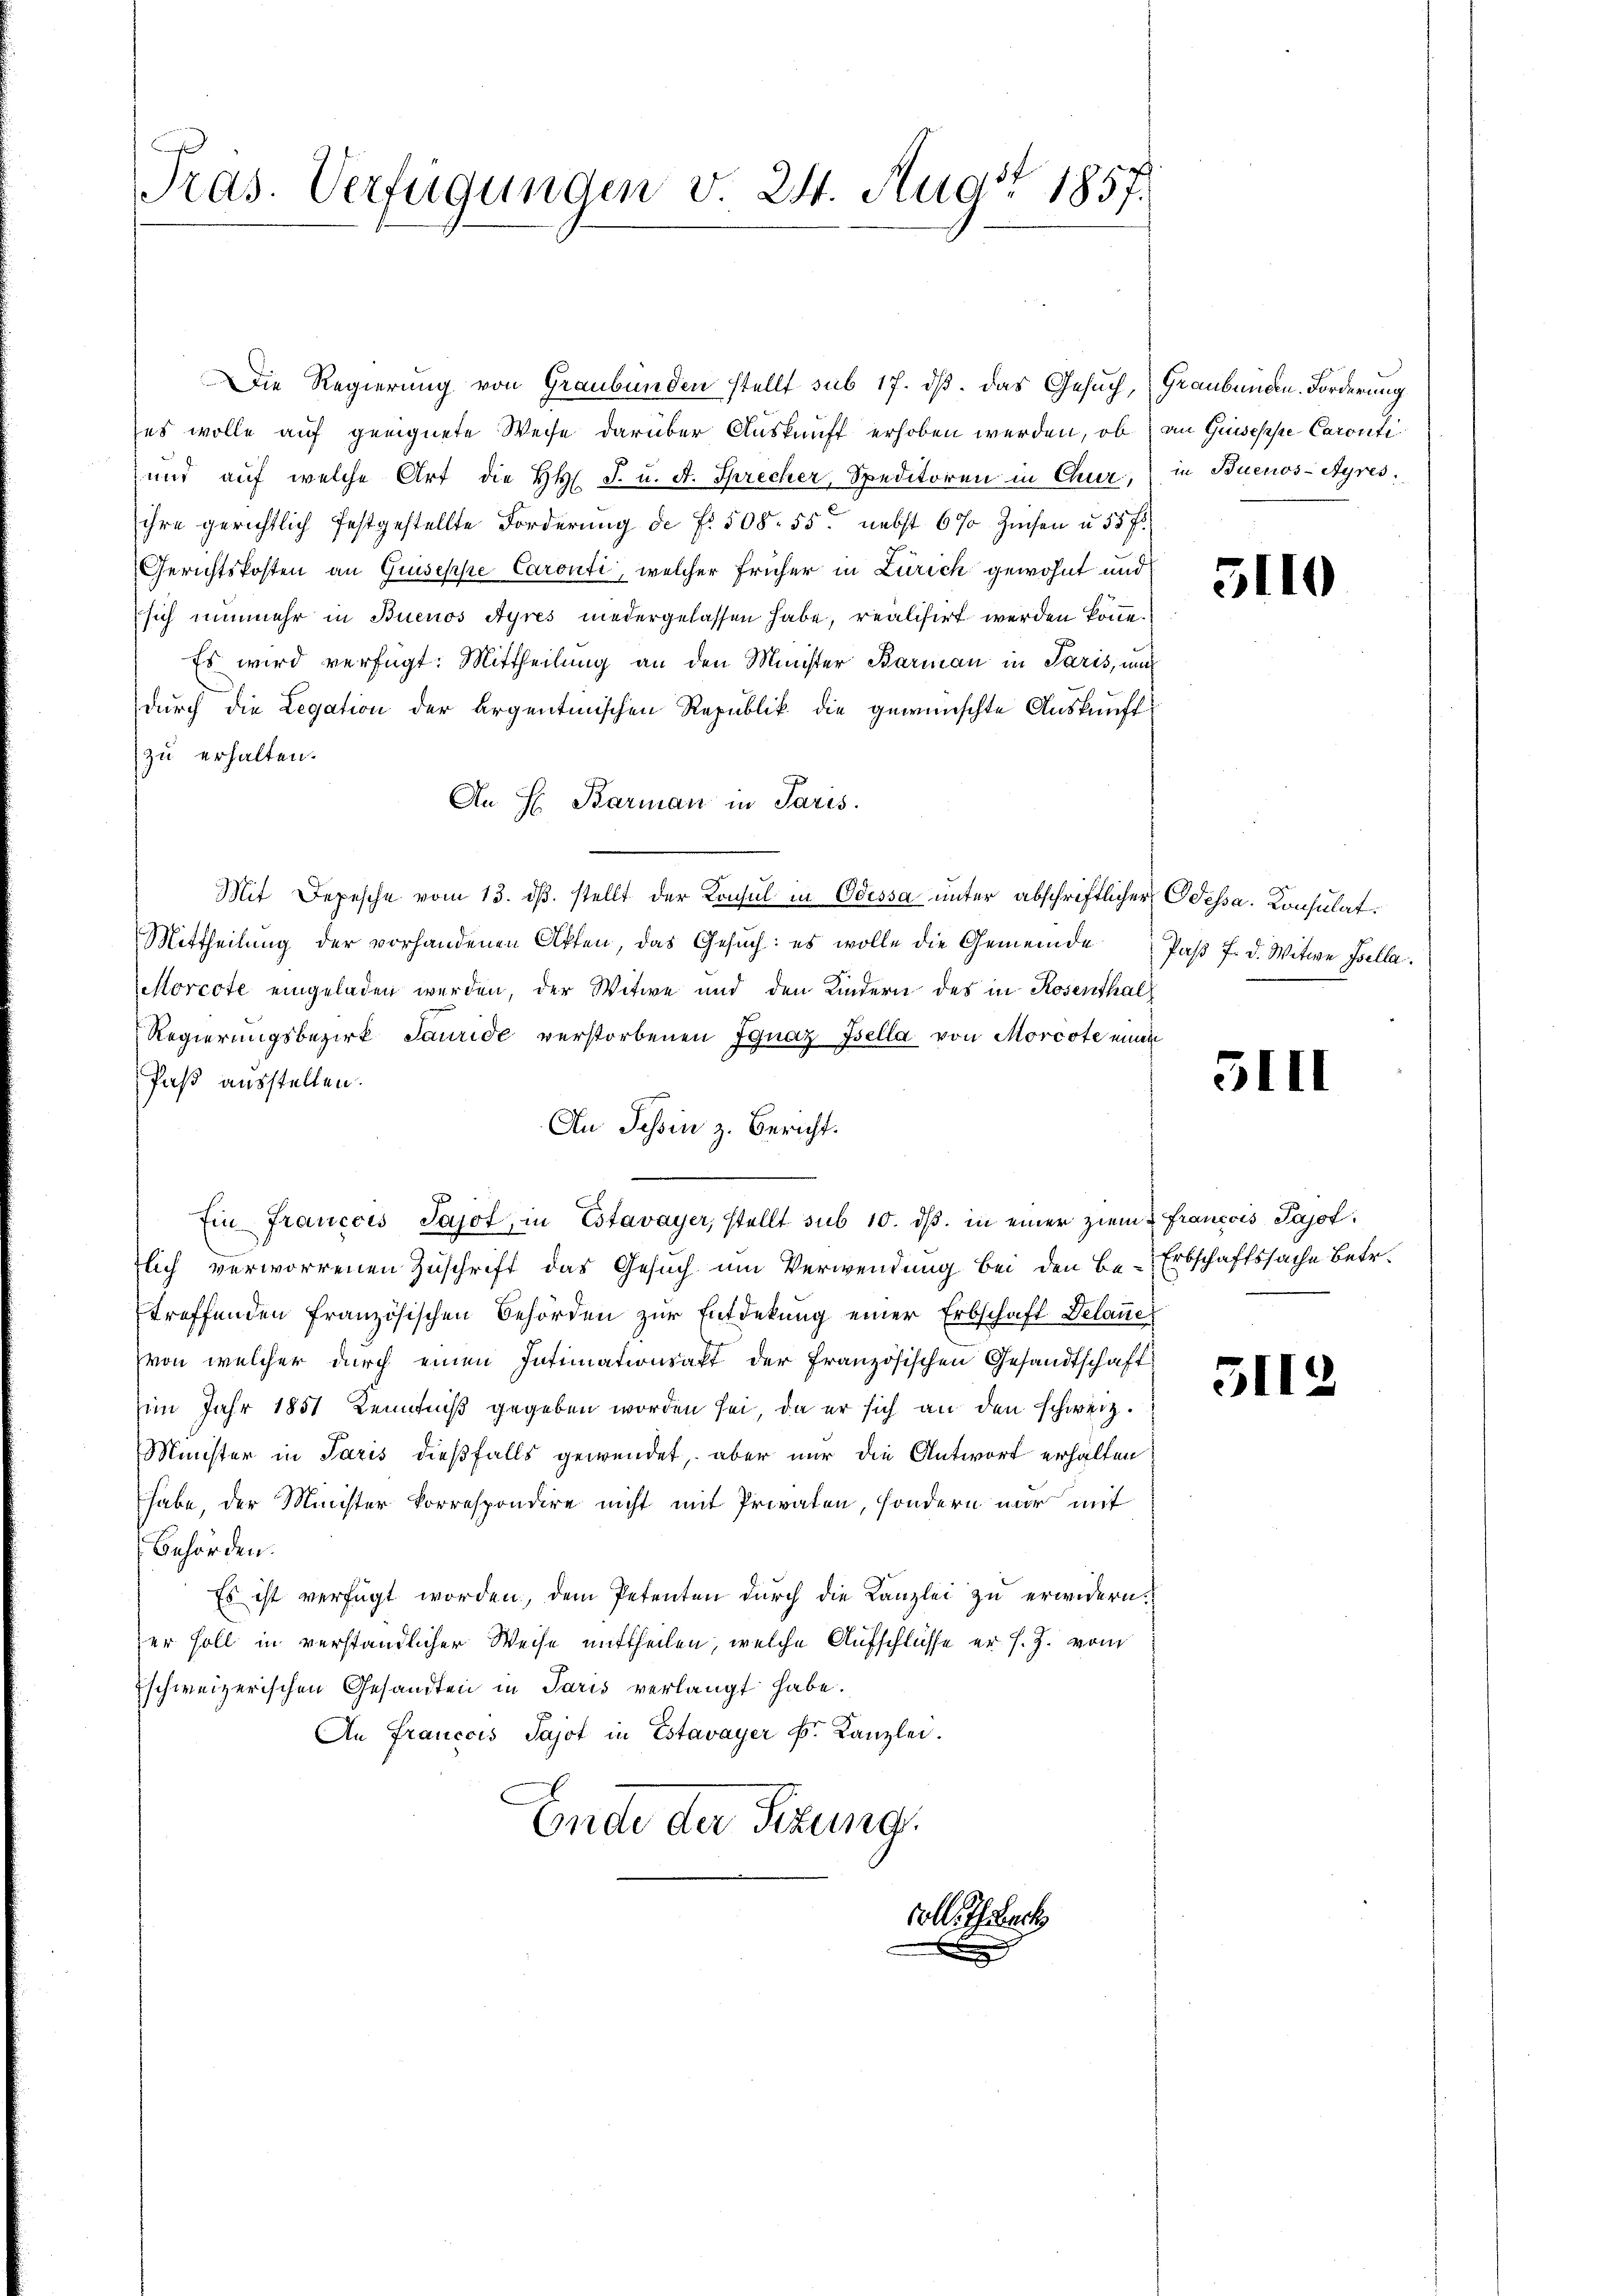
Pras. Verfügungen v. 24. Augst 1857.

Die Regierung von Graubünden stellt sub 17. dß. Das Gesuch, Graubünden Forderung
ses wolle auf geeignete Weise darüber Auskunft erhoben werden, ob an Guisesse Caronti
und auf welche Art die HH. F. u. A. Sprecher, Speditoren in Chur, in Buenos-Ayres,
ihre gerichtlich festgestellte Forderung de f. 508. 55. nebst 6% Zinsen u. 55 f.
Gerichtskosten an Quiseppe Caronti, welcher früher in Zürich gewohnt und
sich nunmehr in Buenos Ayres niedergelassen habe, realisirt werden könne.
Es wird verfügt: Mittheilung an den Minister Barman in Paris, und
durch die Legation der argentinischen Republik die gewünschte Auskunft
zu erhalten.
An H. Barman in Paris.
Mit Depesche vom 13. dβ. stellt der Konsul in Odessa unter abschriftlicher Odessa. Consulat¬
Mittheilŭng der vorhandenen Akten, das Gesŭch: es wolle die Gemeinde Paβ 7. d. Witwe Isella.
Morcote eingeladen werden, der Witwe und den Kindern des in Rosenthal¬
Regierungsbezirk Sauride verstorbenen Ignaz Isella von Morcote einen
Paß ausstellen.
An Tessin z. Bericht.
Ein Francois Sajot, in Estavayer, stellt sub 10. dβ. in einer ziem-Francois Pajoflich verworrenen Zuschrift das Gesuch um Verwendung bei den Be-Erbschaftssache Betr.
treffenden französischen Behörden zur Entdekung einer Erbschaft Delauer
von welcher durch einen Intimationsakt der französischen Gesandtschaft
im Jahr 1851 Kenntniß gegeben worden sei, da er sich an den schweiz.
Minister in Paris dießfalls gewendet, aber nur die Antwort erhalten
habe, der Minister korrespondire nicht mit Privaten, sondern nur mit
Behörden.
Es ist verfügt worden, dem Petenten durch die Kanzlei zu erwidern.
er soll in verständlicher Weise mittheilen, welche Aufschlüsse er s. Z. vom
Eschweizerischen Gesandten in Paris verlangt habe.
An Francois Sajot in Estavayer k. Kanzlei.
Ende der Sitzung.

Coll. I Beck

3110

1

I

5112